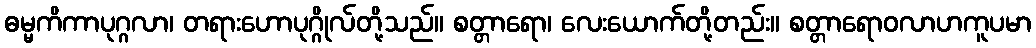
ဓမ္မကိကာပုဂ္ဂလာ၊ တရားဟောပုဂ္ဂိုလ်တို့သည်။ စတ္တာရော၊ လေးယောက်တို့တည်း။ စတ္တာရောဝလာဟကူပမာ